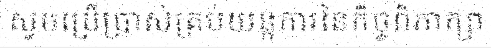
សូមប្រើប្រាស់គ្រប់យន្តការនៃកិច្ចពិភាក្សា